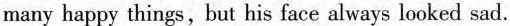
many happy things, but his face always looked sad.